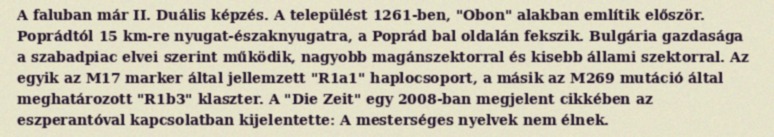
A faluban már II. Duális képzés. A települést 1261-ben, "Obon" alakban említik először. Poprádtól 15 km-re nyugat-északnyugatra, a Poprád bal oldalán fekszik. Bulgária gazdasága a szabadpiac elvei szerint működik, nagyobb magánszektorral és kisebb állami szektorral. Az egyik az M17 marker által jellemzett "R1a1" haplocsoport, a másik az M269 mutáció által meghatározott "R1b3" klaszter. A "Die Zeit" egy 2008-ban megjelent cikkében az eszperantóval kapcsolatban kijelentette: A mesterséges nyelvek nem élnek.